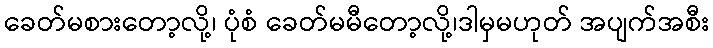
ခေတ်မစားတော့လို့၊ ပုံစံ ခေတ်မမီတော့လို့၊ဒါမှမဟုတ် အပျက်အစီး